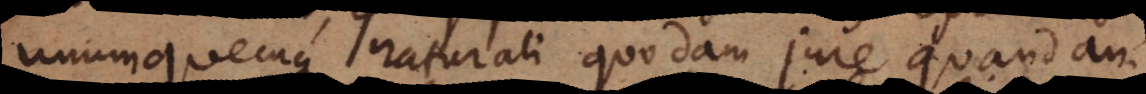
unumquemque naturali quodam jure quandam